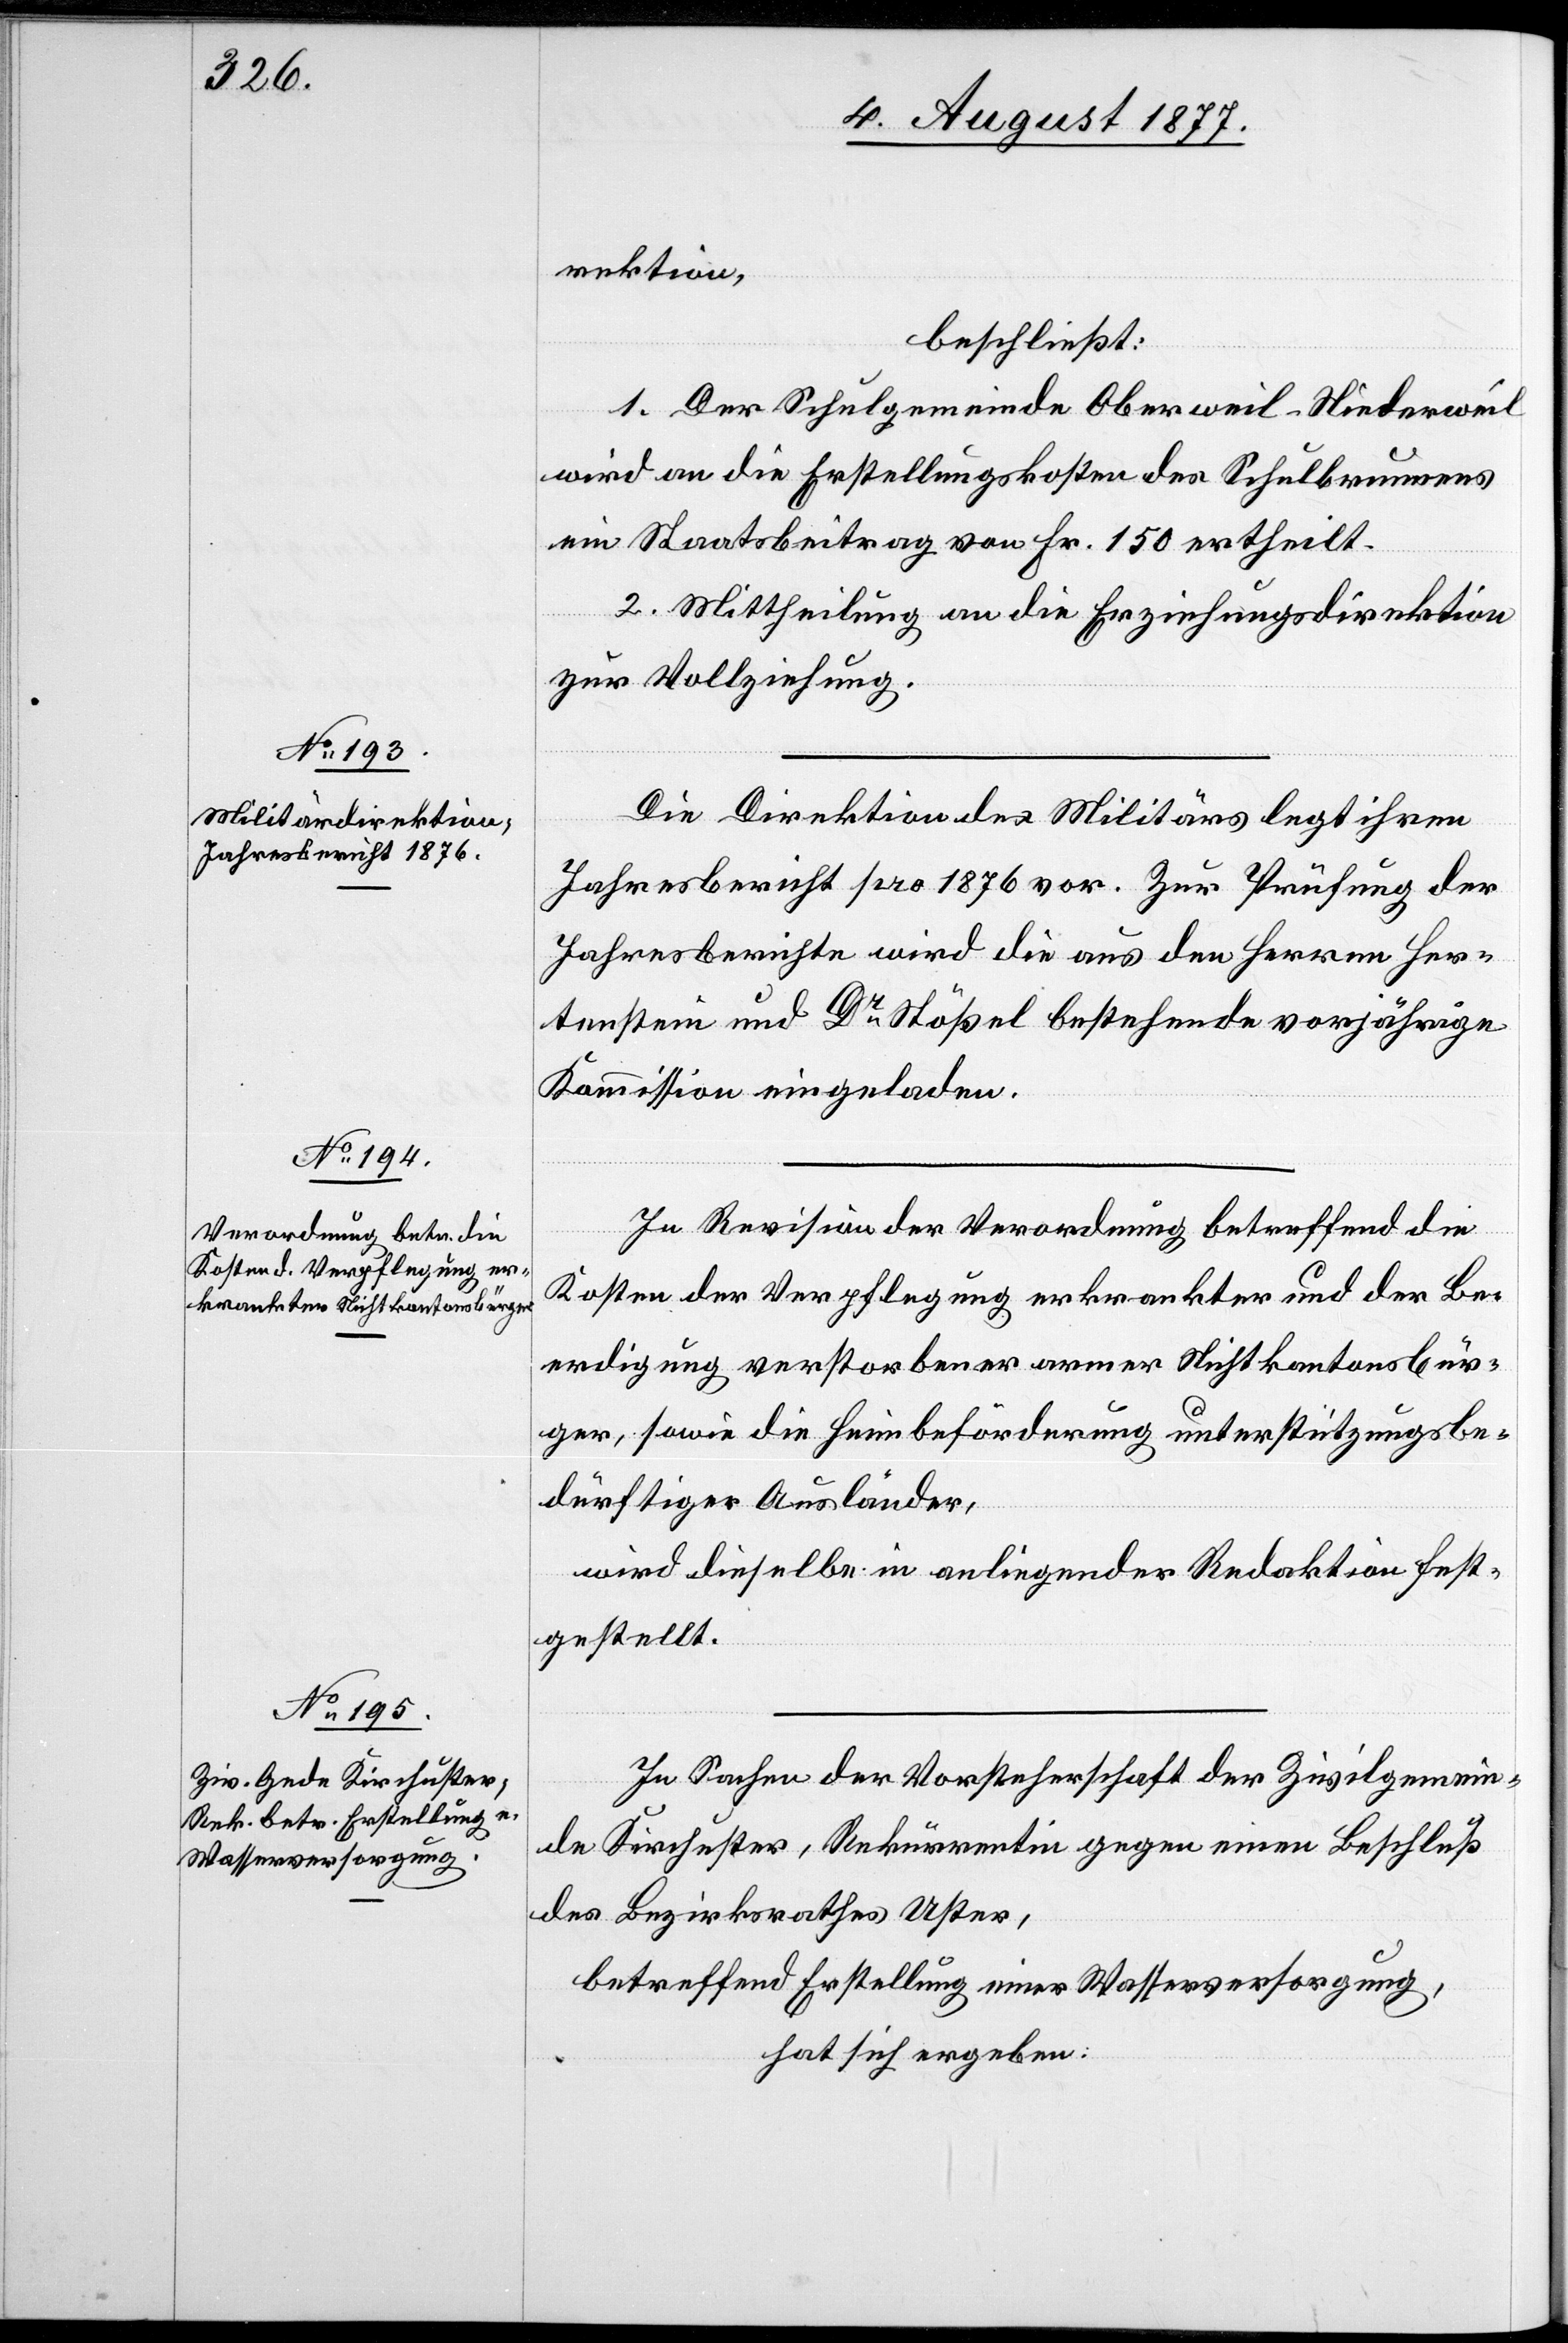
rektion,
beschließt:
1. Der Schulgemeinde Oberweil-Niederweil
wird an die Erstellungskosten des Schulbrunnens
ein Staatsbeitrag von Fr. 150 ertheilt.
2. Mittheilung an die Erziehungsdirektion
zur Vollziehung.
Die Direktion des Militärs legt ihren
Jahresbericht pro 1876 vor. Zur Prüfung der
Jahresberichte wird die aus den Herren Her¬
tenstein und Dr Stößel bestehende vorjährige
Kommission eingeladen.
In Revision der Verordnung betreffend die
Kosten der Verpflegung erkrankter und der Be¬
erdigung verstorbener armer Nichtkantonsbür¬
ger, sowie die Heimbeförderung unterstützungsbe¬
dürftiger Ausländer,
wird dieselbe in anliegender Redaktion fest¬
gestellt.
In Sachen der Vorsteherschaft der Zivilgemein¬
de Kirchuster, Rekurrentin gegen einen Beschluß
des Bezirksrathes Uster,
betreffend Erstellung einer Wasserversorgung,
hat sich ergeben: